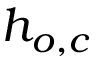
h _ { o , c }